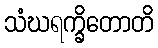
သံဃရက္ခိတောတိ